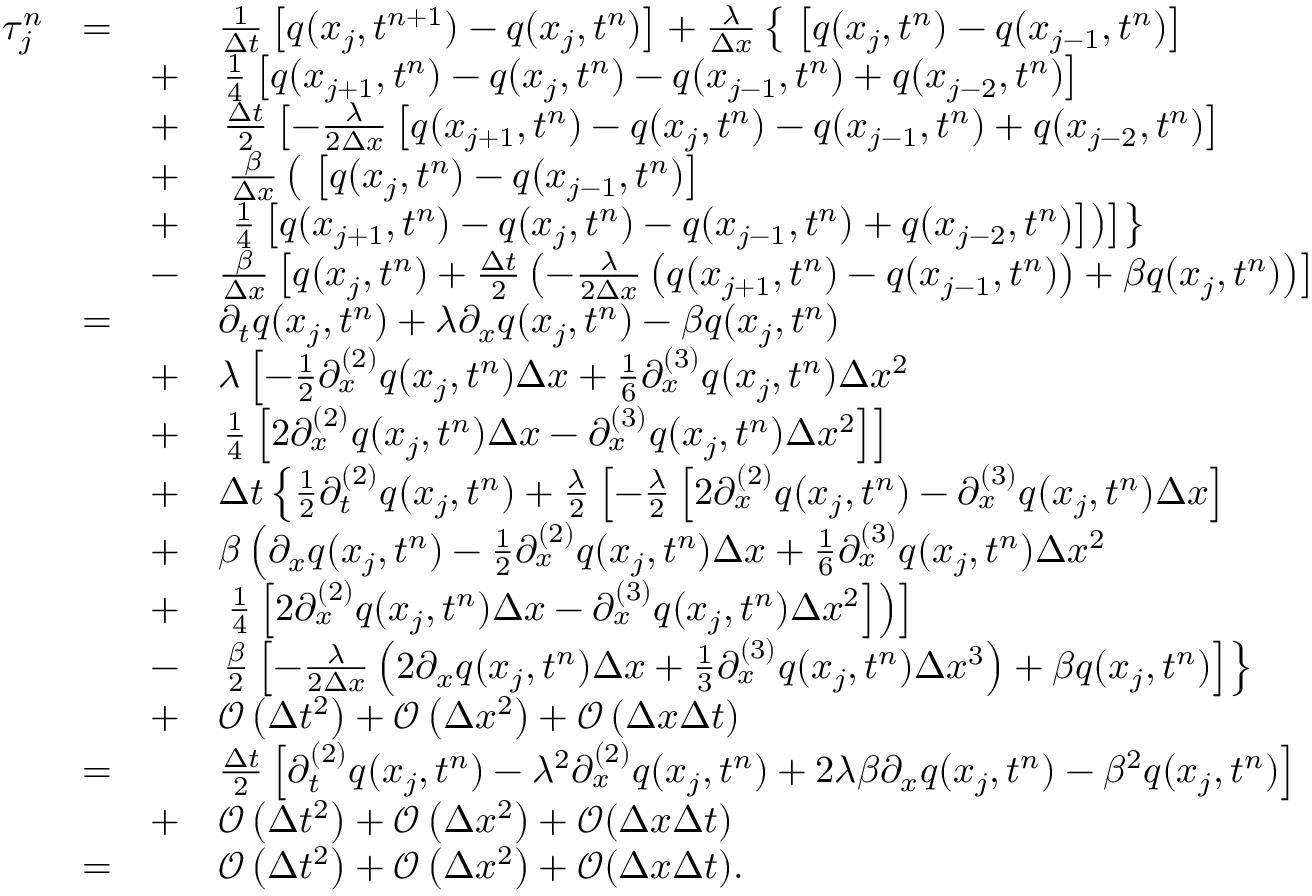
\begin{array} { r l r l } { \tau _ { j } ^ { n } } & { = } & & { \frac { 1 } { \Delta t } \left[ q ( x _ { j } , t ^ { n + 1 } ) - q ( x _ { j } , t ^ { n } ) \right] + \frac { \lambda } { \Delta x } \left\lbrace \phantom { \frac { t } { b } } \! \! \! \left[ q ( x _ { j } , t ^ { n } ) - q ( x _ { j - 1 } , t ^ { n } ) \right] \right. } \\ & { } & { + } & { \left. \frac { 1 } { 4 } \left[ q ( x _ { j + 1 } , t ^ { n } ) - q ( x _ { j } , t ^ { n } ) - q ( x _ { j - 1 } , t ^ { n } ) + q ( x _ { j - 2 } , t ^ { n } ) \right] \right. } \\ & { } & { + } & { \left. \frac { \Delta t } { 2 } \left[ - \frac { \lambda } { 2 \Delta x } \left[ q ( x _ { j + 1 } , t ^ { n } ) - q ( x _ { j } , t ^ { n } ) - q ( x _ { j - 1 } , t ^ { n } ) + q ( x _ { j - 2 } , t ^ { n } ) \right] \right. \right. } \\ & { } & { + } & { \left. \left. \frac { \beta } { \Delta x } \left( \phantom { \frac { t } { b } } \! \! \! \left[ q ( x _ { j } , t ^ { n } ) - q ( x _ { j - 1 } , t ^ { n } ) \right] \right. \right. \right. } \\ & { } & { + } & { \left. \left. \left. \frac { 1 } { 4 } \left[ q ( x _ { j + 1 } , t ^ { n } ) - q ( x _ { j } , t ^ { n } ) - q ( x _ { j - 1 } , t ^ { n } ) + q ( x _ { j - 2 } , t ^ { n } ) \right] \right) \right] \right\rbrace } \\ & { } & { - } & { \frac { \beta } { \Delta x } \left[ q ( x _ { j } , t ^ { n } ) + \frac { \Delta t } { 2 } \left( - \frac { \lambda } { 2 \Delta x } \left( q ( x _ { j + 1 } , t ^ { n } ) - q ( x _ { j - 1 } , t ^ { n } ) \right) + \beta q ( x _ { j } , t ^ { n } ) \right) \right] } \\ & { = } & & { \partial _ { t } q ( x _ { j } , t ^ { n } ) + \lambda \partial _ { x } q ( x _ { j } , t ^ { n } ) - \beta q ( x _ { j } , t ^ { n } ) } \\ & { } & { + } & { \lambda \left[ - \frac { 1 } { 2 } \partial _ { x } ^ { ( 2 ) } q ( x _ { j } , t ^ { n } ) \Delta x + \frac { 1 } { 6 } \partial _ { x } ^ { ( 3 ) } q ( x _ { j } , t ^ { n } ) \Delta x ^ { 2 } \right. } \\ & { } & { + } & { \left. \frac { 1 } { 4 } \left[ 2 \partial _ { x } ^ { ( 2 ) } q ( x _ { j } , t ^ { n } ) \Delta x - \partial _ { x } ^ { ( 3 ) } q ( x _ { j } , t ^ { n } ) \Delta x ^ { 2 } \right] \right] } \\ & { } & { + } & { \Delta t \left\lbrace \frac { 1 } { 2 } \partial _ { t } ^ { ( 2 ) } q ( x _ { j } , t ^ { n } ) + \frac { \lambda } { 2 } \left[ - \frac { \lambda } { 2 } \left[ 2 \partial _ { x } ^ { ( 2 ) } q ( x _ { j } , t ^ { n } ) - \partial _ { x } ^ { ( 3 ) } q ( x _ { j } , t ^ { n } ) \Delta x \right] \right. \right. } \\ & { } & { + } & { \beta \left( \partial _ { x } q ( x _ { j } , t ^ { n } ) - \frac { 1 } { 2 } \partial _ { x } ^ { ( 2 ) } q ( x _ { j } , t ^ { n } ) \Delta x + \frac { 1 } { 6 } \partial _ { x } ^ { ( 3 ) } q ( x _ { j } , t ^ { n } ) \Delta x ^ { 2 } \right. } \\ & { } & { + } & { \left. \left. \frac { 1 } { 4 } \left[ 2 \partial _ { x } ^ { ( 2 ) } q ( x _ { j } , t ^ { n } ) \Delta x - \partial _ { x } ^ { ( 3 ) } q ( x _ { j } , t ^ { n } ) \Delta x ^ { 2 } \right] \right) \right] } \\ & { } & { - } & { \left. \frac { \beta } { 2 } \left[ - \frac { \lambda } { 2 \Delta x } \left( 2 \partial _ { x } q ( x _ { j } , t ^ { n } ) \Delta x + \frac { 1 } { 3 } \partial _ { x } ^ { ( 3 ) } q ( x _ { j } , t ^ { n } ) \Delta x ^ { 3 } \right) + \beta q ( x _ { j } , t ^ { n } ) \right] \right\rbrace } \\ & { } & { + } & { \mathcal { O } \left( \Delta t ^ { 2 } \right) + \mathcal { O } \left( \Delta x ^ { 2 } \right) + \mathcal { O } \left( \Delta x \Delta t \right) } \\ & { = } & & { \frac { \Delta t } { 2 } \left[ \partial _ { t } ^ { ( 2 ) } q ( x _ { j } , t ^ { n } ) - \lambda ^ { 2 } \partial _ { x } ^ { ( 2 ) } q ( x _ { j } , t ^ { n } ) + 2 \lambda \beta \partial _ { x } q ( x _ { j } , t ^ { n } ) - \beta ^ { 2 } q ( x _ { j } , t ^ { n } ) \right] } \\ & { } & { + } & { \mathcal { O } \left( \Delta t ^ { 2 } \right) + \mathcal { O } \left( \Delta x ^ { 2 } \right) + \mathcal { O } ( \Delta x \Delta t ) } \\ & { = } & & { \mathcal { O } \left( \Delta t ^ { 2 } \right) + \mathcal { O } \left( \Delta x ^ { 2 } \right) + \mathcal { O } ( \Delta x \Delta t ) . } \end{array}